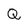
Character: Q